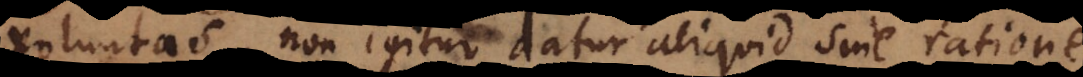
voluntas, non igitur datur aliquid sine ratione;